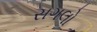
સગલો